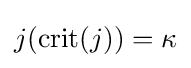
j(\operatorname {crit} (j))=\kappa